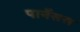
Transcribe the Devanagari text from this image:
पार्नेसस